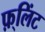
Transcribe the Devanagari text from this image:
फ़्लिंट